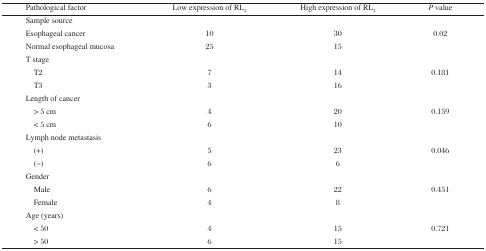
| Pathological factor | Low expression of RL2 | High expression of RL2 | P value |
 | --- | --- | --- | --- |
 | Sample source |  |  |  |
 | Esophageal cancer | 10 | 30 | 0.02 |
 | Normal esophageal mucosa | 25 | 15 |  |
 | T stage |  |  |  |
 | T2 | 7 | 14 | 0.181 |
 | T3 | 3 | 16 |  |
 | Length of cancer |  |  |  |
 | > 5 cm | 4 | 20 | 0.159 |
 | < 5 cm | 6 | 10 |  |
 | Lymph node metastasis |  |  |  |
 | (+) | 5 | 23 | 0.046 |
 | (–) | 6 | 6 |  |
 | Gender |  |  |  |
 | Male | 6 | 22 | 0.451 |
 | Female | 4 | 8 |  |
 | Age (years) |  |  |  |
 | < 50 | 4 | 15 | 0.721 |
 | > 50 | 6 | 15 |  |